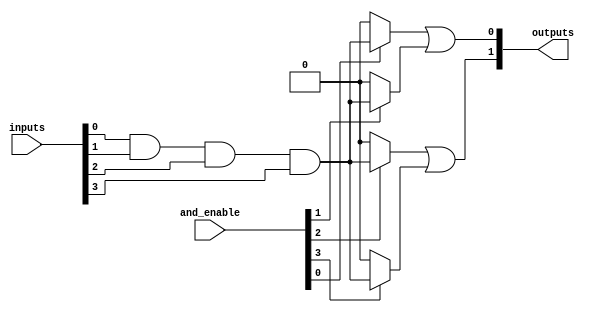
module jewel_pal #(
    parameter NUM_INPUTS = 4,      // Number of input signals
    parameter NUM_AND_GATES = 4,    // Number of programmable AND gates
    parameter NUM_OUTPUTS = 2        // Number of fixed OR outputs
)(
    input  [NUM_INPUTS-1:0] inputs, // Input signals
    input  [NUM_AND_GATES-1:0] and_enable, // Enable signals for AND gates
    output [NUM_OUTPUTS-1:0] outputs // Output signals
);

// Internal wires for AND gate outputs
wire [NUM_AND_GATES-1:0] and_out;

// Programmable AND array
genvar i;
generate
    for (i = 0; i < NUM_AND_GATES; i = i + 1) begin : and_array
        assign and_out[i] = and_enable[i] ? (inputs[0] & inputs[1] & inputs[2] & inputs[3]) : 1'b0; // Example: AND all inputs
    end
endgenerate

// Fixed OR array
assign outputs[0] = and_out[0] | and_out[1]; // Example OR configuration
assign outputs[1] = and_out[2] | and_out[3]; // Example OR configuration

endmodule